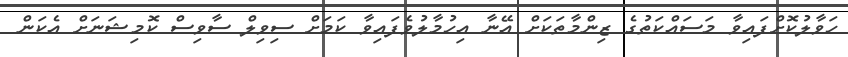
ހަވާލުކޮށްފައިވާ މަސައްކަތުގެ ޒިންމާތަކަށް އޭނާ އިހުމާލުވެފައިވާ ކަމަށް ސިވިލް ސާވިސް ކޮމިޝަނަށް އެކަން